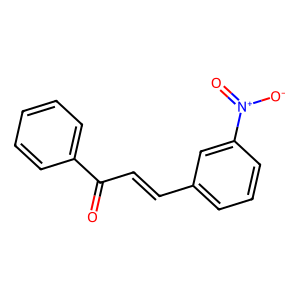
SMILES: O=C(C=Cc1cccc([N+](=O)[O-])c1)c1ccccc1
Inhibits HIV replication: No